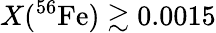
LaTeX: X(^{56}\mathrm{Fe})\gtrsim 0.0015